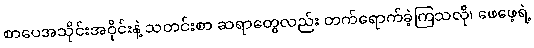
စာပေအသိုင်းအဝိုင်းနဲ့ သတင်းစာ ဆရာတွေလည်း တက်ရောက်ခဲ့ကြသလို၊ ဖေဖေ့ရဲ့